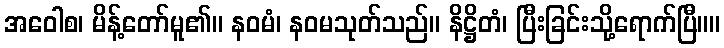
အဝေါစ၊ မိန့်တော်မူ၏။ နဝမံ၊ နဝမသုတ်သည်။ နိဋ္ဌိတံ၊ ပြီးခြင်းသို့ရောက်ပြီ။။